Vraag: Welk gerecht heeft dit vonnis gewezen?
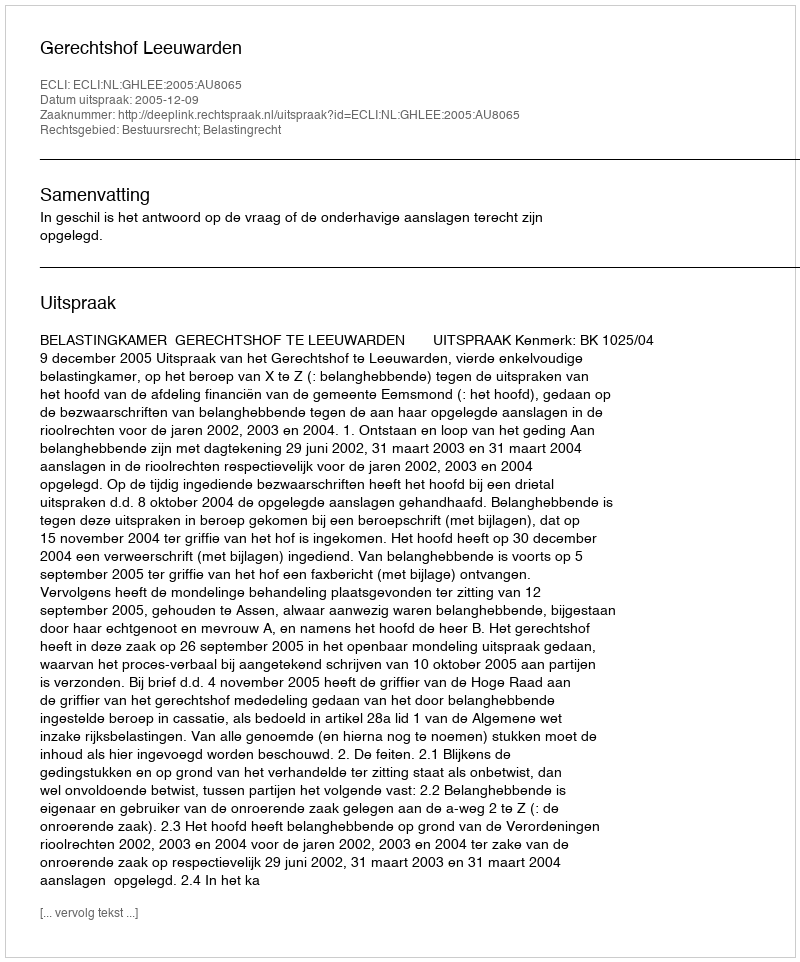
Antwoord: Gerechtshof Leeuwarden